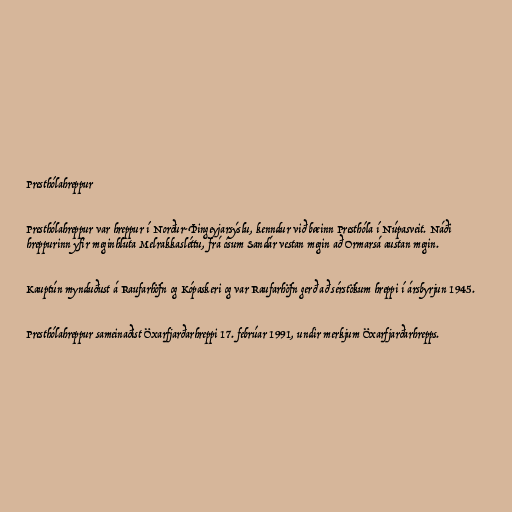
Presthólahreppur

Presthólahreppur var hreppur í Norður-Þingeyjarsýslu, kenndur við bæinn Presthóla í Núpasveit. Náði
hreppurinn yfir meginhluta Melrakkasléttu, frá ósum Sandár vestan megin að Ormarsá austan megin.

Kauptún mynduðust á Raufarhöfn og Kópaskeri og var Raufarhöfn gerð að sérstökum hreppi í ársbyrjun 1945.

Presthólahreppur sameinaðist Öxarfjarðarhreppi 17. febrúar 1991, undir merkjum Öxarfjarðarhrepps.